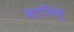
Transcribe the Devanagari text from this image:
म्हासिबु